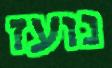
נועז